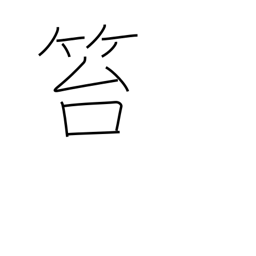
Meaning: crime punishable by flogging